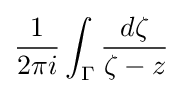
{\frac {1}{2\pi i}}\int _{\Gamma }{\frac {d\zeta }{\zeta -z}}